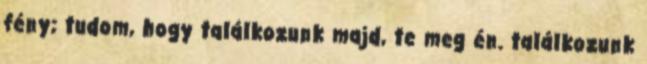
fény; tudom, hogy találkozunk majd, te meg én. találkozunk